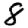
Digit: 8